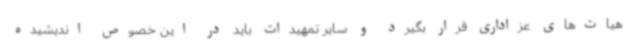
هیات‌های عزاداری قرار بگیرد و سایر تمهیدات باید در این خصوص اندیشیده